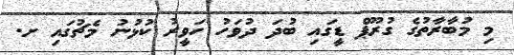
މި މުބާރާތުގެ ގުރޫޕް ޑީގައި ބުދަ ދުވަހު ހަވީރު ކުޅުނު މެޗުގައި ށ.